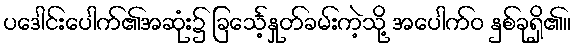
ပဒေါင်းပေါက်၏အဆုံး၌ ခြင်္သေ့နှုတ်ခမ်းကဲ့သို့ အပေါက်ဝ နှစ်ခုရှိ၏။